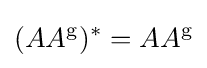
(AA^{\mathrm {g} })^{*}=AA^{\mathrm {g} }